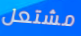
مشتعل